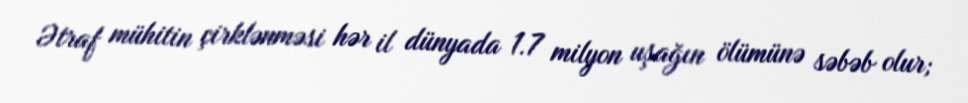
Ətraf mühitin çirklənməsi hər il dünyada 1.7 milyon uşağın ölümünə səbəb olur;